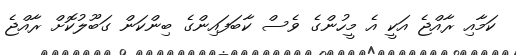
ކަމާއި ރާއްޖެ އަކީ އެ މީހުންގެ ވެސް ކާބަފައިންގެ ބިންކަން ގަބޫލުކޮށް ރާއްޖެ